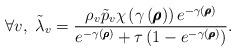
LaTeX: \begin{align*}\forall v, \ \tilde{\lambda}_v = \frac{ \rho_v \tilde{p}_v \chi\left( \gamma \left( \pmb{\rho}\right) \right)e^{- \gamma \left( \pmb{\rho}\right)} }{e^{- \gamma\left( \pmb{\rho}\right)} + \tau\left( 1 - e^{- \gamma\left( \pmb{\rho} \right)} \right) }.\end{align*}